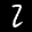
Label: 2